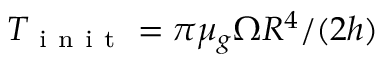
T _ { \mathrm { ~ i ~ n ~ i ~ t ~ } } = \pi \mu _ { g } \Omega R ^ { 4 } / ( 2 h )